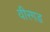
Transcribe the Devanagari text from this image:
वीरगड